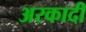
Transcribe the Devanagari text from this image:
अरकादी